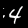
Digit: 4